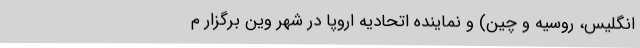
انگلیس، روسیه و چین)‌ و نماینده اتحادیه اروپا در شهر وین برگزار م